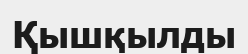
Қышқылды